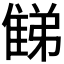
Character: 𨿘